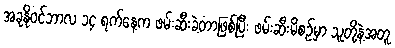
အခုနိုဝင်ဘာလ ၁၄ ရက်နေ့က ဖမ်းဆီးခဲ့တာဖြစ်ပြီး ဖမ်းဆီးမိစဉ်မှာ သူတို့နဲ့အတူ